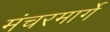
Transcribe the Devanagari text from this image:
मंचरमार्गे